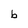
Character: b